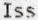
ISS